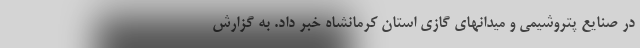
در صنایع پتروشیمی و میدانهای گازی استان کرمانشاه خبر داد. به گزارش